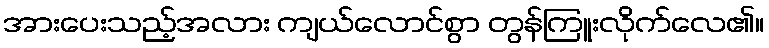
အားပေးသည့်အလား ကျယ်လောင်စွာ တွန်ကြူးလိုက်လေ၏။